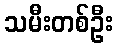
သမီးတစ်ဦး